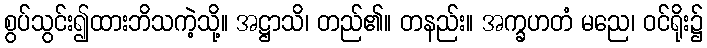
စွပ်သွင်း၍ထားဘိသကဲ့သို့။ အဋ္ဌာသိ၊ တည်၏။ တနည်း။ အက္ခဟတံ မညေ၊ ဝင်ရိုး၌